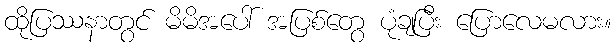
ထိုပြဿနာတွင် မိမိအပေါ် အပြစ်တွေ ပုံချပြီး ပြောလေမလား။